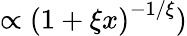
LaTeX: \propto\left(1+\xi x\right)^{-1/\xi})